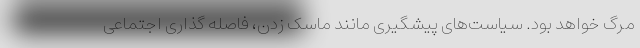
مرگ خواهد بود. سیاست‌های پیشگیری مانند ماسک زدن، فاصله گذاری اجتماعی